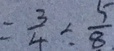
= \frac { 3 } { 4 } \div \frac { 5 } { 8 }